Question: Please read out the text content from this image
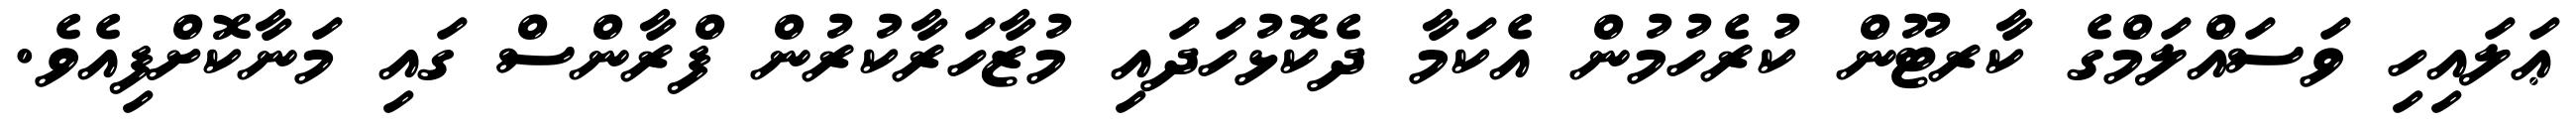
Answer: ޢަލައިހި ވަސައްލަމްގެ ކާރޓޫން ކުރެހުމުން އެކަމާ ދެކޮޅުހަދައި މުޒާހަރާކުރުން ފްރާންސް ގައި މަނާކޮށްފިއެވެ.